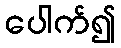
ပေါက်၍